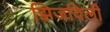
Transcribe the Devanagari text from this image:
झिजविली